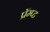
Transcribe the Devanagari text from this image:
प्रॅम्प्ट